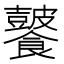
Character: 𩟚